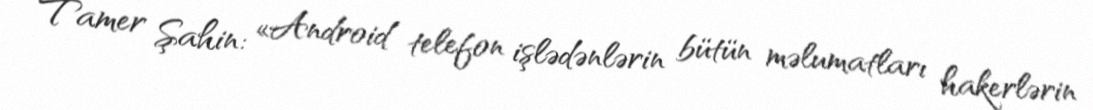
Tamer Şahin: «Android telefon işlədənlərin bütün məlumatları hakerlərin